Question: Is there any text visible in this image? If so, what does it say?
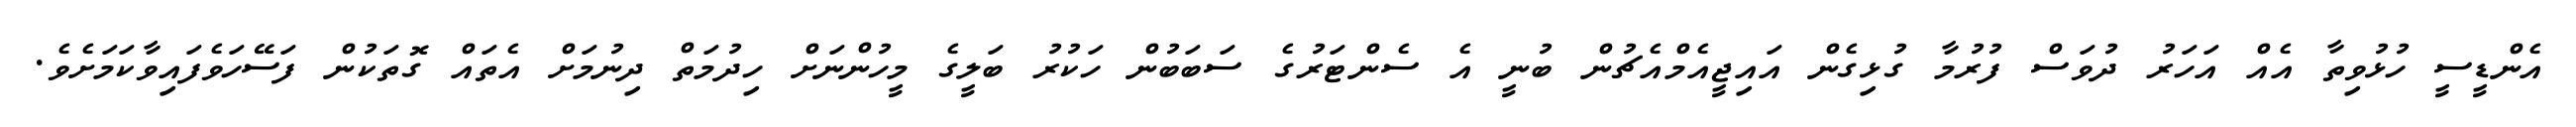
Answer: އެންޑީސީ ހުޅުވިތާ އެއް އަހަރު ދުވަސް ފުރުމާ ގުޅިގެން އައިޖީއެމްއެޗުން ބުނީ އެ ސެންޓަރުގެ ސަބަބުން ހަކުރު ބަލީގެ މީހުންނަށް ހިދުމަތް ދިނުމަށް އެތައް ގޮތަކުން ފަސޭހަވެފައިވާކަމަށެވެ.